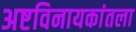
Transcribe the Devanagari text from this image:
अष्टविनायकांतला